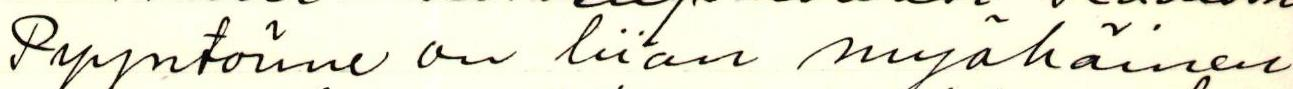
Pyyntönne on liian myöhäinen